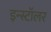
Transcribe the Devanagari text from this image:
इन्स्टॉलर